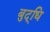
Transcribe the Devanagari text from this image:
बुद्‌धि